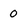
Character: 0